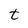
Character: t